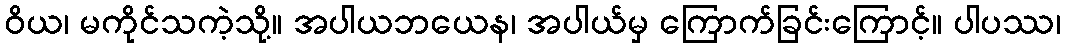
ဝိယ၊ မကိုင်သကဲ့သို့။ အပါယဘယေန၊ အပါယ်မှ ကြောက်ခြင်းကြောင့်။ ပါပဿ၊